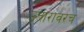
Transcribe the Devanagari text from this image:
उतारावरच